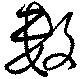
數